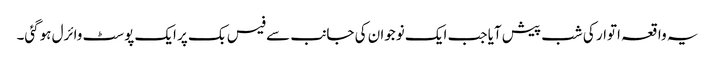
یہ واقعہ اتوار کی شب پیش آیا جب ایک نوجوان کی جانب سے فیس بک پر ایک پوسٹ وائرل ہوگئی۔